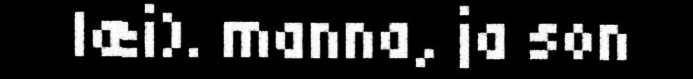
læi). manna, ja son